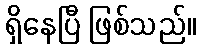
ရှိနေပြီ ဖြစ်သည်။